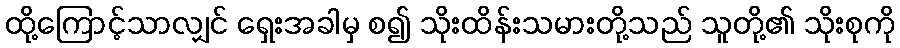
ထို့ကြောင့်သာလျှင် ရှေးအခါမှ စ၍ သိုးထိန်းသမားတို့သည် သူတို့၏ သိုးစုကို